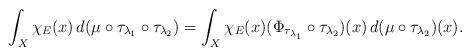
LaTeX: \begin{align*}\int_{X}\chi_E(x)\, d(\mu\circ \tau_{\lambda_1}\circ \tau_{\lambda_2})=\int_X \chi_E(x) (\Phi_{\tau_{\lambda_1}}\circ \tau_{\lambda_2})(x)\, d(\mu\circ \tau_{\lambda_2})(x).\end{align*}